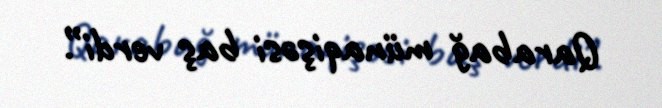
Qarabağ münaqişəsi baş verdi”.